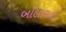
બોલાવતો